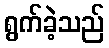
ရွက်ခဲ့သည်